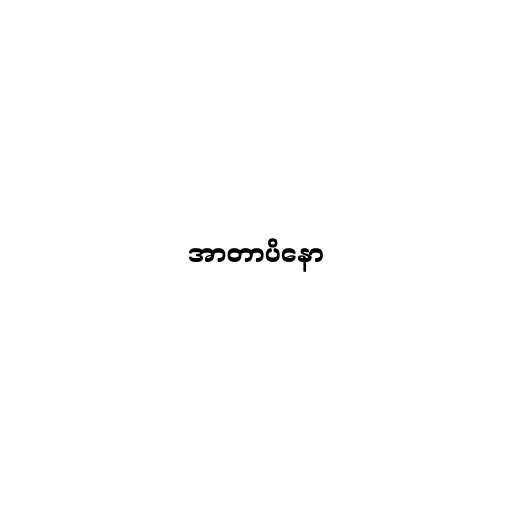
အာတာပိနော